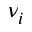
\nu _ { i }